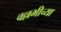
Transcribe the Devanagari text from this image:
वल्लभीच्या